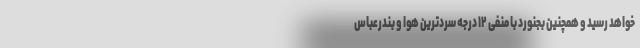
خواهد رسید و همچنین بجنورد با منفی ۱۲ درجه سردترین هوا و بندرعباس